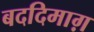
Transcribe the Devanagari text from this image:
बददिमाग़